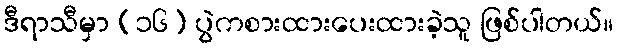
ဒီရာသီမှာ (၁၆) ပွဲကစားထားပေးထားခဲ့သူ ဖြစ်ပါတယ်။